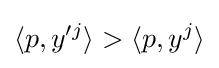
\langle p,y'^{j}\rangle >\langle p,y^{j}\rangle